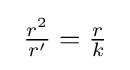
\ {\tfrac {r^{2}}{r'}}={\tfrac {r}{k}}\